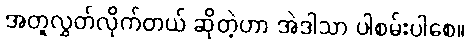
အတူလွှတ်လိုက်တယ် ဆိုတဲ့ဟာ အဲဒါသာ ပါစမ်းပါစေ။